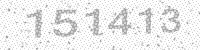
Solution: 151413